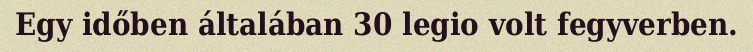
Egy időben általában 30 legio volt fegyverben.